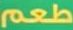
طعم